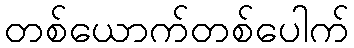
တစ်ယောက်တစ်ပေါက်